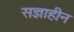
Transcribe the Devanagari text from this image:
सज्ञाहीन